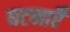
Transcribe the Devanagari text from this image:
घटनाऍँ